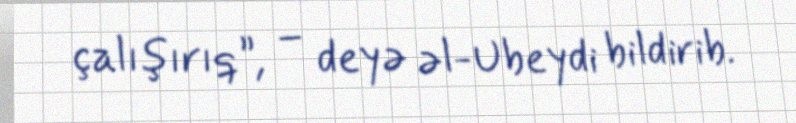
çalışırıq”, – deyə əl-Ubeydi bildirib.